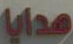
هدايا